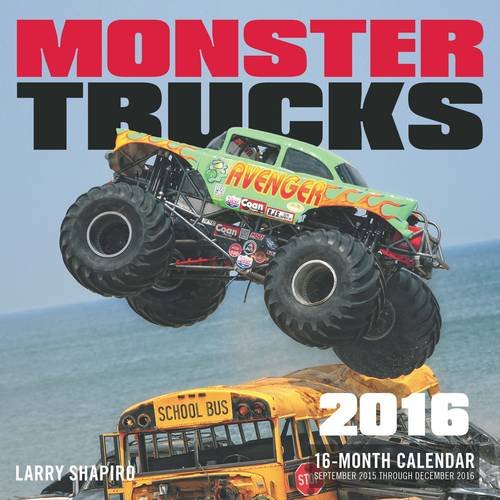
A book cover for Monster Trucks 2016: 16-Month Calendar September 2015 through December 2016; Calendars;